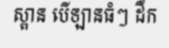
ស្ពាន បើឡានធំៗ ដឹក